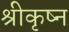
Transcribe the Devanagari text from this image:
श्रीकृष्न